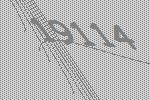
19114